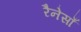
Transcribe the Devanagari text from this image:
रैनेसाँ